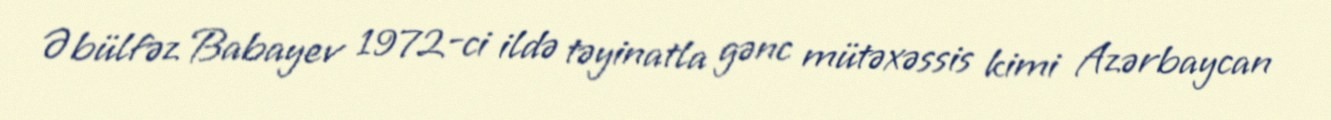
Əbülfəz Babayev 1972-ci ildə təyinatla gənc mütəxəssis kimi Azərbaycan